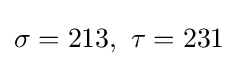
\sigma =213,\ \tau =231